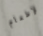
لإطعام